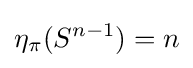
\eta _{\pi }(S^{n-1})=n